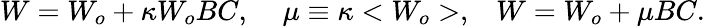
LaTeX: W=W_{o}+\kappa W_{o}BC,\; \; \; \; \mu\equiv\kappa<W_{o}>,\; \; \; W=W_{o}+\mu BC.